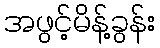
အဖွင့်မိန့်ခွန်း